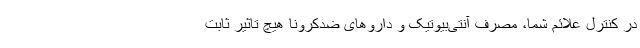
در کنترل علائم شما، مصرف آنتی‌بیوتیک و داروهای ضدکرونا هیچ تاثیر ثابت